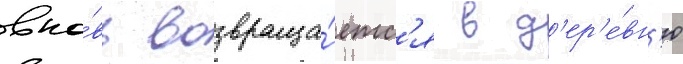
вно́вь возвраща́етс'я в д'ер'е́вн'ю